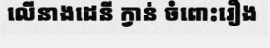
លើនាងដេនី ក្វាន់ ចំពោះរឿង